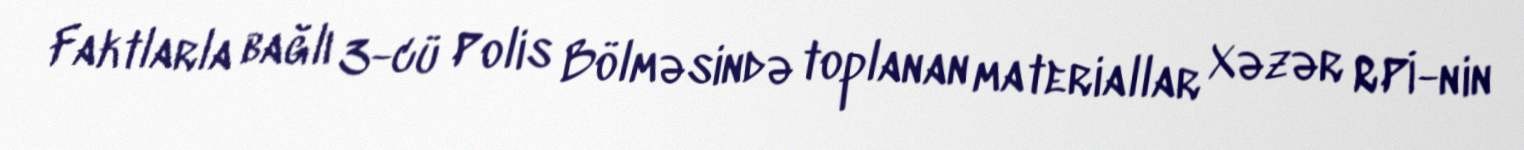
Faktlarla bağlı 3-cü Polis Bölməsində toplanan materiallar Xəzər RPİ-nin